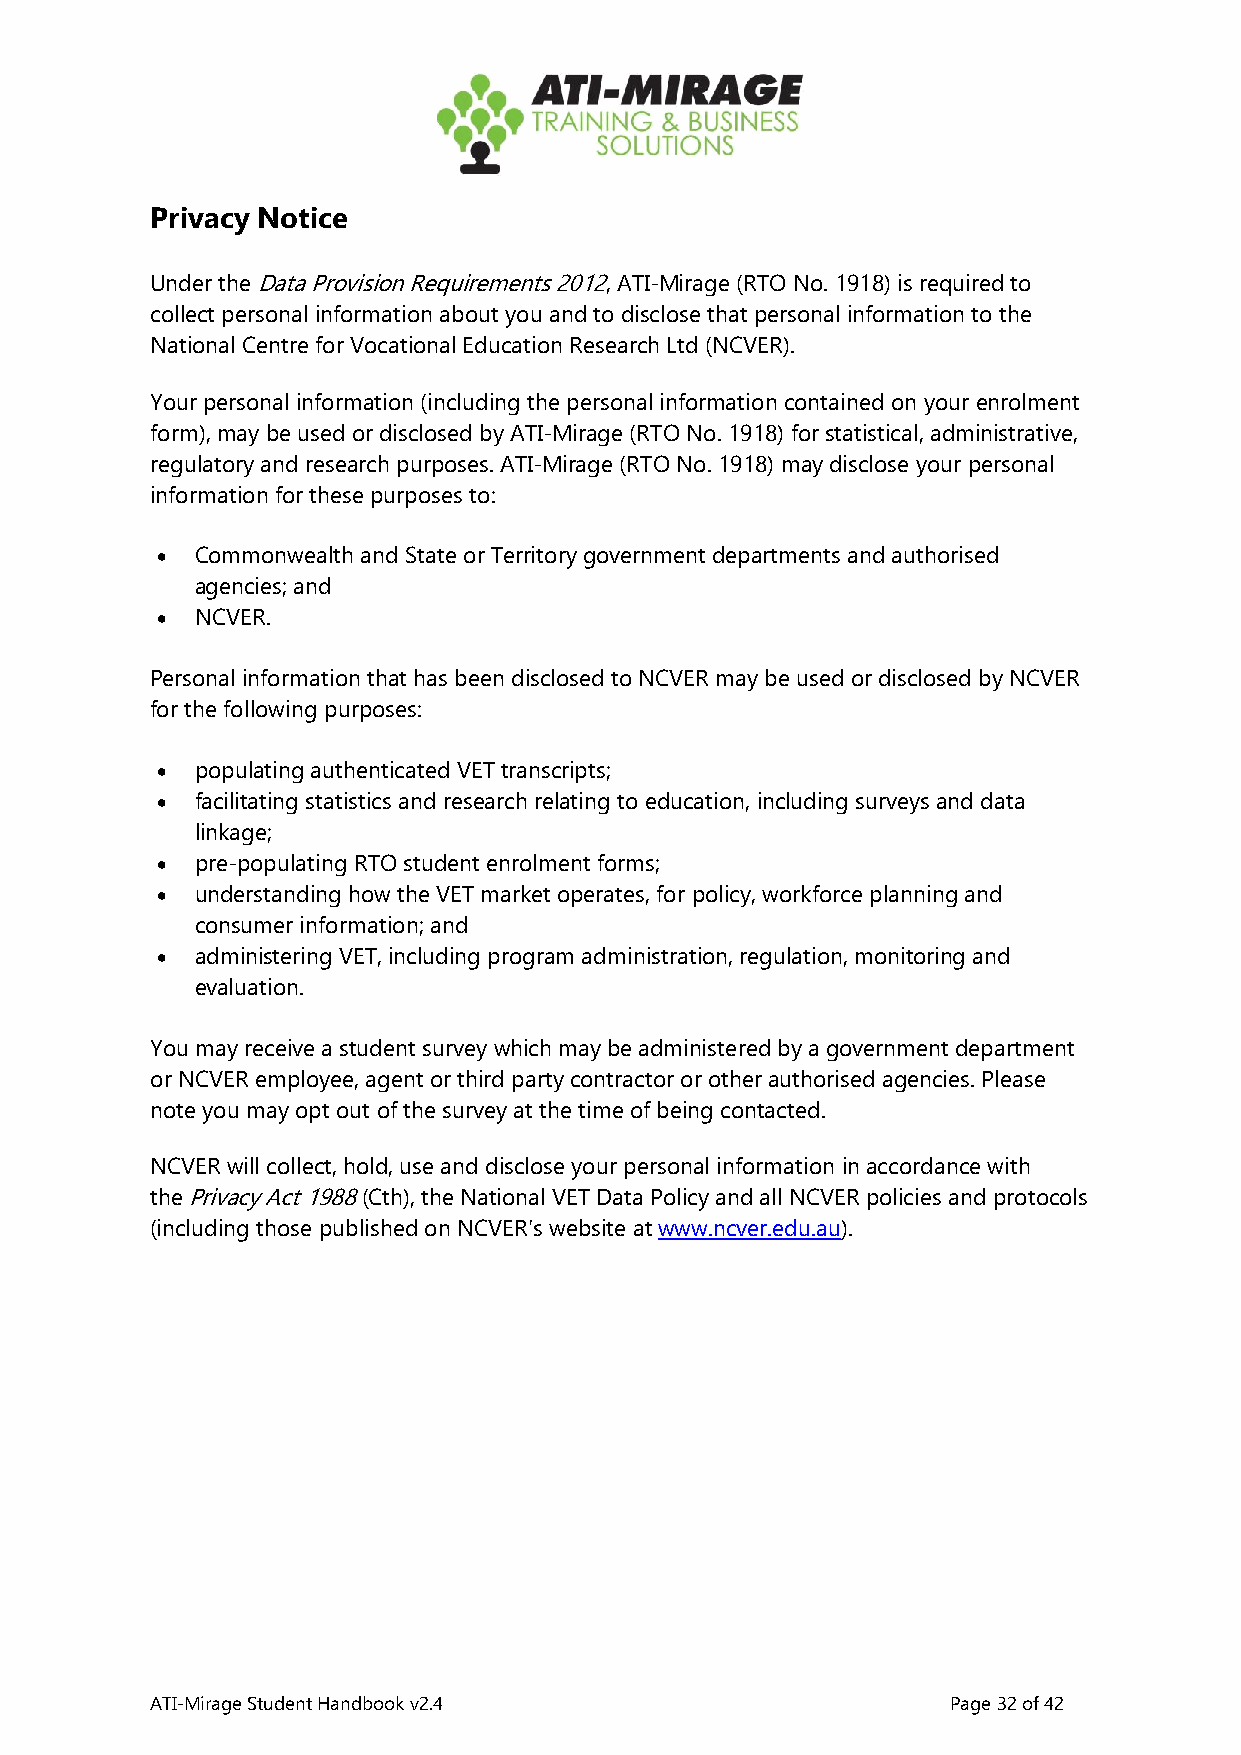
Privacy Notice
 Under the Data Provision Requirements 2012, ATI-Mirage (RTO No. 1918) is required to
 collect personal information about you and to disclose that personal information to the
 National Centre for Vocational Education Research Ltd (NCVER).
 Your personal information (including the personal information contained on your enrolment
 form), may be used or disclosed by ATI-Mirage (RTO No. 1918) for statistical, administrative,
 regulatory and research purposes. ATI-Mirage (RTO No. 1918) may disclose your personal
 information for these purposes to:
 •  Commonwealth and State or Territory government departments and authorised
 agencies; and
 •  NCVER.
 Personal information that has been disclosed to NCVER may be used or disclosed by NCVER
 for the following purposes:
 •  populating authenticated VET transcripts;
 •  facilitating statistics and research relating to education, including surveys and data
 linkage;
 •  pre-populating RTO student enrolment forms;
 •  understanding how the VET market operates, for policy, workforce planning and
 consumer information; and
 •  administering VET, including program administration, regulation, monitoring and
 evaluation.
 You may receive a student survey which may be administered by a government department
 or NCVER employee, agent or third party contractor or other authorised agencies. Please
 note you may opt out of the survey at the time of being contacted.
 NCVER will collect, hold, use and disclose your personal information in accordance with
 the Privacy Act 1988 (Cth), the National VET Data Policy and all NCVER policies and protocols
 (including those published on NCVER's website at www.ncver.edu.au).
 ATI-Mirage Student Handbook v2.4                     Page 32 of 42